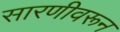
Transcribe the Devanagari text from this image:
सारणीवरून